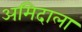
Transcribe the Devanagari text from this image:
अमिदाला